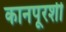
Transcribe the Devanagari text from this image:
कानपूरशी